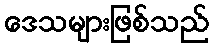
ဒေသများဖြစ်သည်